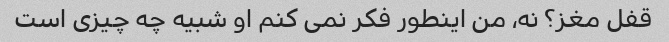
قفل مغز؟ نه، من اینطور فکر نمی کنم او شبیه چه چیزی است